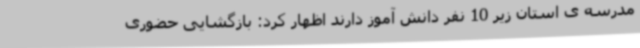
مدرسه ی استان زیر 10 نفر دانش آموز دارند اظهار کرد: بازگشایی حضوری